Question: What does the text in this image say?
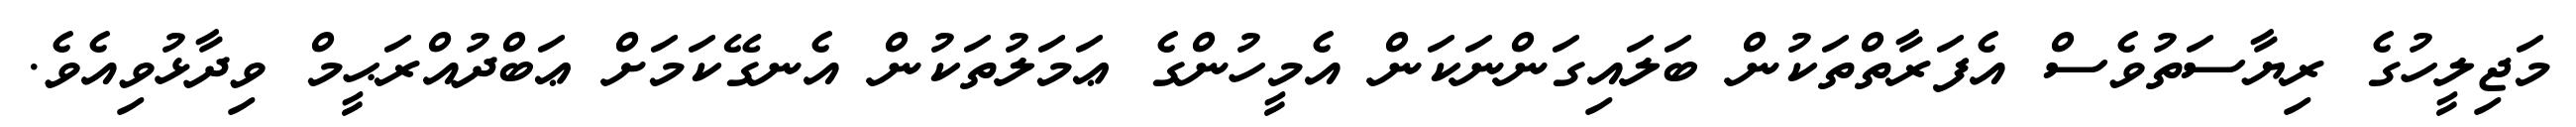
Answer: މަޖިލީހުގެ ރިޔާސަތުވެސް އެފަރާތްތަކުން ބަލައިގަންނަކަން އެމީހުންގެ ޢަމަލުތަކުން އެނގޭކަމަށް ޢަބްދުއްރަޙީމް ވިދާޅުވިއެވެ.